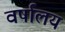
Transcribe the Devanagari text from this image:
वर्षालय